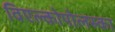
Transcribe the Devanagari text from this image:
विएल्कोपोलस्का